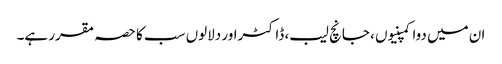
ان میں دوا کمپنیوں ، جانچ لیب، ڈاکٹراور دلالوں سب کا حصہ مقرر ہے۔